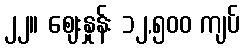
၂၂။ စျေးနှုန်း ၁၂,၅၀၀ ကျပ်